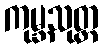
ကုမ္ဘသုတ္တ